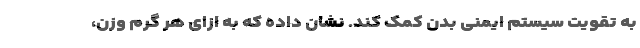
به تقویت سیستم ایمنی بدن کمک کند. نشان داده که به ازای هر گرم وزن،